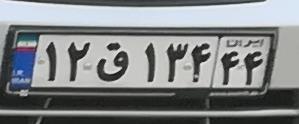
۱۲ق۱۳۴۴۴